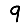
Digit: 9